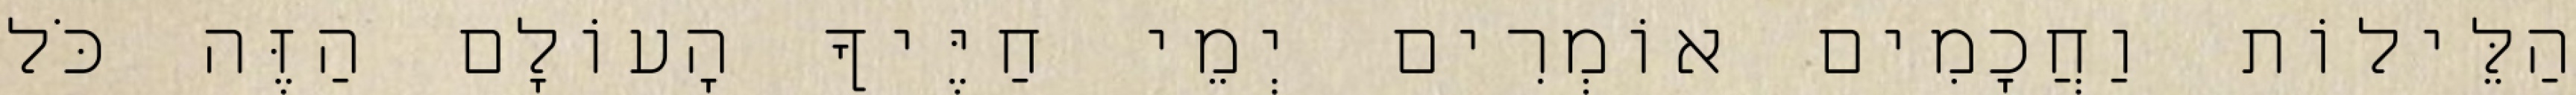
הַלֵּילוֹת וַחֲכָמִים אוֹמְרִים יְמֵי חַיֶּיךָ הָעוֹלָם הַזֶּה כֹּל